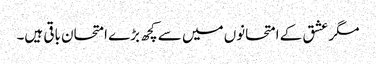
مگر عشق کے امتحانوں میں سے کچھ بڑے امتحان باقی ہیں۔